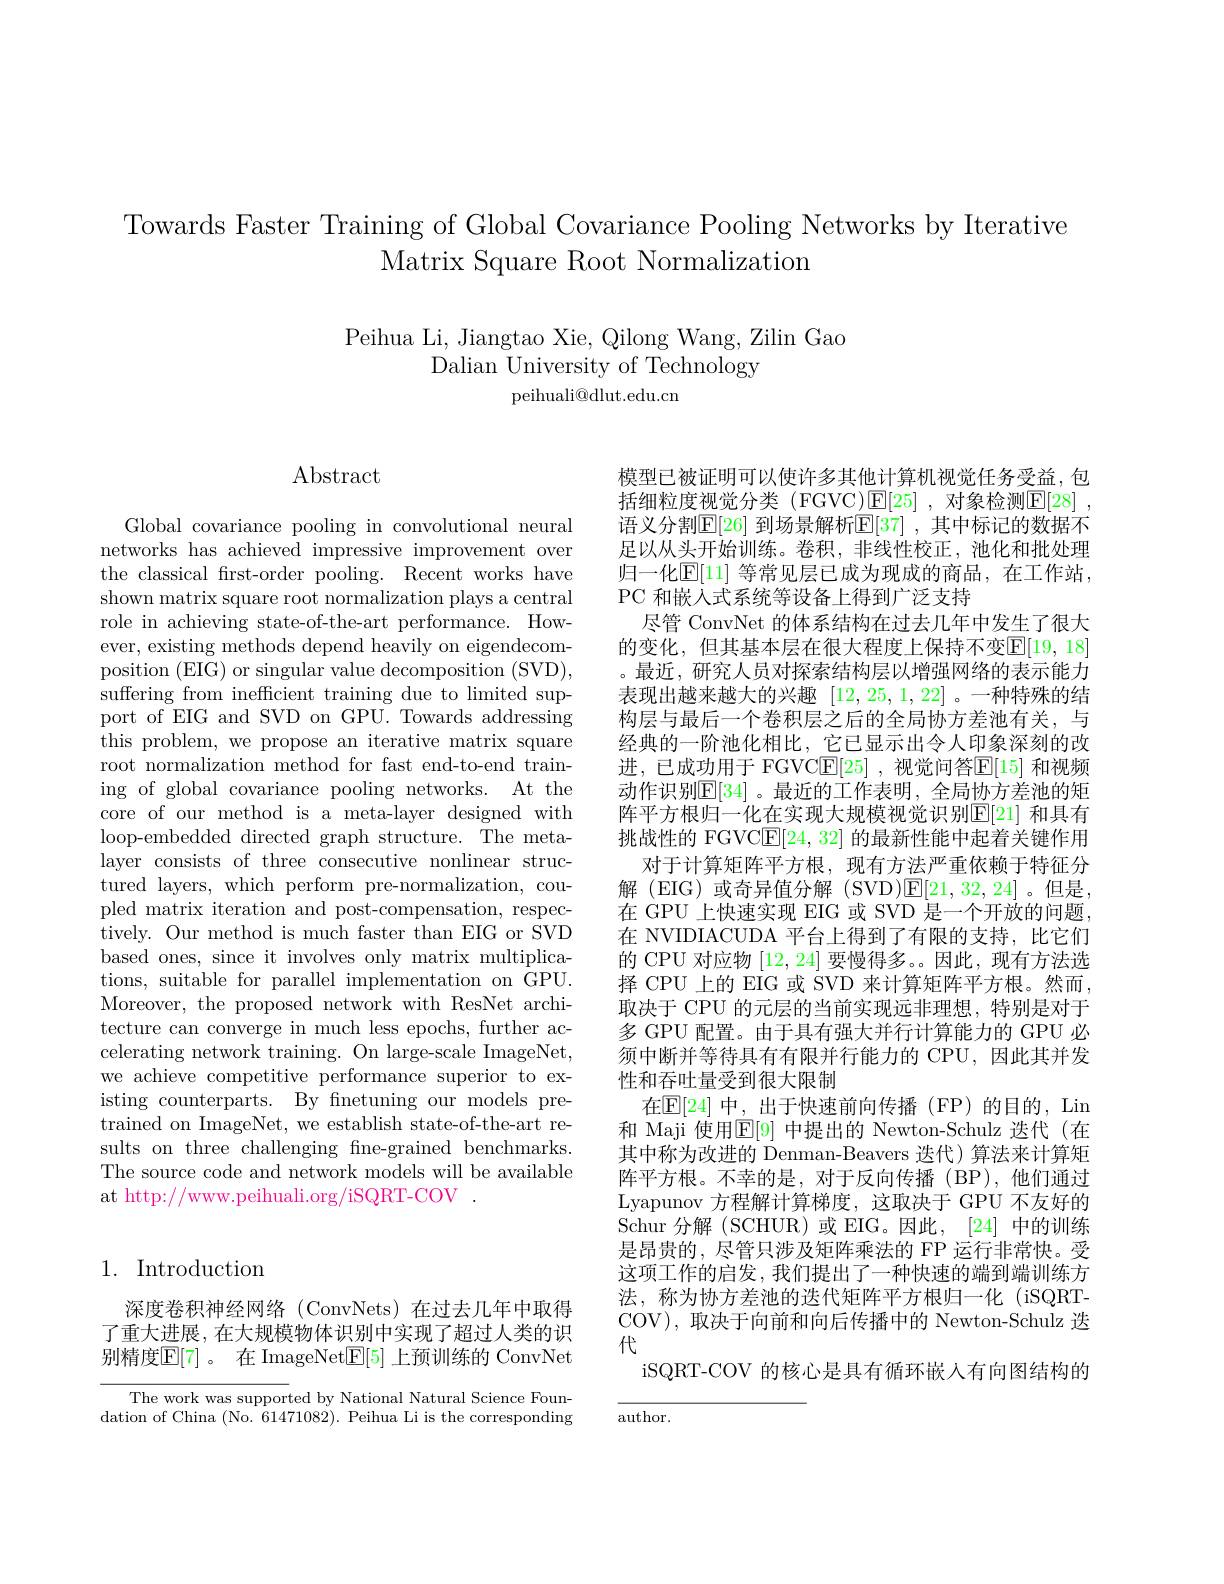
Towards Faster Training of Global Covariance Pooling Networks by Iterative
Matrix Square Root Normalization

Peihua Li, Jiangtao Xie, Qilong Wang, Zilin Gao
Dalian University of Technology
peihuali@dlut.edu.cn

# $\operatorname{Abstract}$

Global covariance pooling in convolutional neural networks has achieved impressive improvement over the classical frst-order pooling. Recent works have shown matrix square root normalization plays a central role in achieving state-of-the-art performance. However, existing methods depend heavily on eigendecomposition (EIG) or singular value decomposition (SVD), suffering from inefficient training due to limited support of EIG and SVD on GPU. Towards addressing this problem, we propose an iterative matrix square root normalization method for fast end-to-end training of global covariance pooling networks. At the core of our method is a meta-layer designed with loop-embedded directed graph structure. The metalayer consists of three consecutive nonlinear structured layers, which perform pre-normalization, coupled matrix iteration and post-compensation, respectively. Our method is much faster than EIG or SVD based ones, since it involves only matrix multiplications, suitable for parallel implementation on GPU. Moreover, the proposed network with ResNet architecture can converge in much less epochs, further accelerating network training. On large-scale ImageNet, we achieve competitive performance superior to existing counterparts. By fnetuning our models pretrained on ImageNet, we establish state-of-the-art results on three challenging fne-grained benchmarks. The source code and network models will be available at http://www.peihuali.org/iSQRT-COV~.

## 1. Introduction

深度卷积神经网络(ConvNets)在过去几年中取得了重大进展，在大规模物体识别中实现了超过人类的识别精度$\overline{\mathbb{E}}[7]$。在 ImageNet$\mathbb{E}[5]$ 上预训练的 ConvNet

The work was supported by National Natural Science Foundation of China (No. 61471082). Peihua Li is the corresponding

模型已被证明可以使许多其他计算机视觉任务受益，包括细粒度视觉分类 (FGVC)$\mathbb{E} [ 25]$ ,对象检测$\mathbb{E} [ 28]$ , 语义分割$\mathbb{E}[26]$ 到场景解析$\mathbb{E}[37]$ ,其中标记的数据不足以从头开始训练。卷积，非线性校正，池化和批处理归一化$\mathbb{E}[1]$ 等常见层已成为现成的商品，在工作站， PC 和嵌入式系统等设备上得到广泛支持
尽管 ConvNet 的体系结构在过去几年中发生了很大的变化，但其基本层在很大程度上保持不变$\mathbb{E}[19,18]$ 。最近，研究人员对探索结构层以增强网络的表示能力表现出越来越大的兴趣[12,25,1,22] 。一种特殊的结构层与最后一个卷积层之后的全局协方差池有关，与经典的一阶池化相比，它已显示出令人印象深刻的改进，已成功用于 FGVC$\underline{\mathrm{E}}[25]$ ,视觉问答$\underline{\mathrm{E}}[15]$ 和视频动作识别$\mathbb{E}[34]$ 。最近的工作表明，全局协方差池的矩阵平方根归一化在实现大规模视觉识别$\mathbb{E}[21]$ 和具有挑战性的 FGVCE[24,32]的最新性能中起着关键作用
对于计算矩阵平方根，现有方法严重依赖于特征分解(EIG)或奇异值分解(SVD)$\mathbb{E}[21,32,24]$。但是， 在 GPU 上快速实现 EIG 或 SVD 是一个开放的问题， 在 NVIDIACUDA 平台上得到了有限的支持，比它们的 CPU 对应物[12,24]要慢得多。因此，现有方法选择 CPU 上的 EIG 或 SVD 来计算矩阵平方根。然而， 取决于 CPU 的元层的当前实现远非理想，特别是对于多 GPU 配置。由于具有强大并行计算能力的 GPU 必须中断并等待具有有限并行能力的 CPU,因此其并发性和吞吐量受到很大限制
在$\mathbb{E}[24]$ 中，出于快速前向传播(FP)的目的，Lin 和 Maji 使用$\mathbb{E}[9]$ 中提出的 Newton-Schulz 迭代 (在其中称为改进的 Denman-Beavers 迭代)算法来计算矩阵平方根。不幸的是，对于反向传播(BP),他们通过Lyapunov 方程解计算梯度，这取决于 GPU 不友好的Schur 分解 (SCHUR)或 EIG。因此，[24] 中的训练是昂贵的，尽管只涉及矩阵乘法的 FP 运行非常快。受这项工作的启发，我们提出了一种快速的端到端训练方法，称为协方差池的迭代矩阵平方根归一化 (iSQRTCOV), 取决于向前和向后传播中的 Newton-Schulz 迭代
iSQRT-COV 的核心是具有循环嵌入有向图结构的
author.